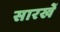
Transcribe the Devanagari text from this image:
सारखें